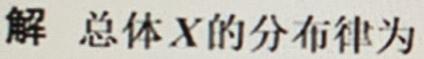
解 总体$X$的分布律为